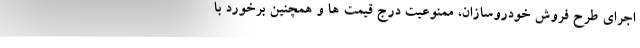
اجرای طرح فروش خودروسازان، ممنوعیت درج قیمت ها و همچنین برخورد با